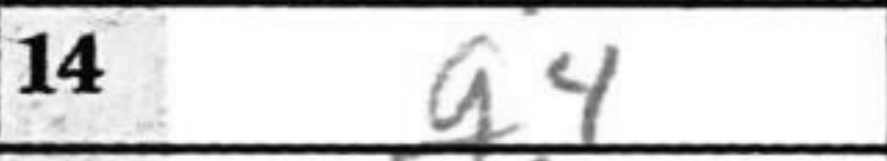
Transcription: g4